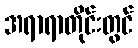
အရာရာတိုင်းတွင်